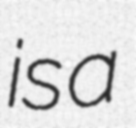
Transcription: is a